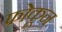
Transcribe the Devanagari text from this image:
फोकून